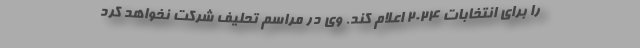
را برای انتخابات ۲۰۲۴ اعلام کند. وی در مراسم تحلیف شرکت نخواهد کرد